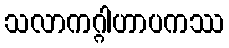
သလာကဂ္ဂါဟာပကဿ